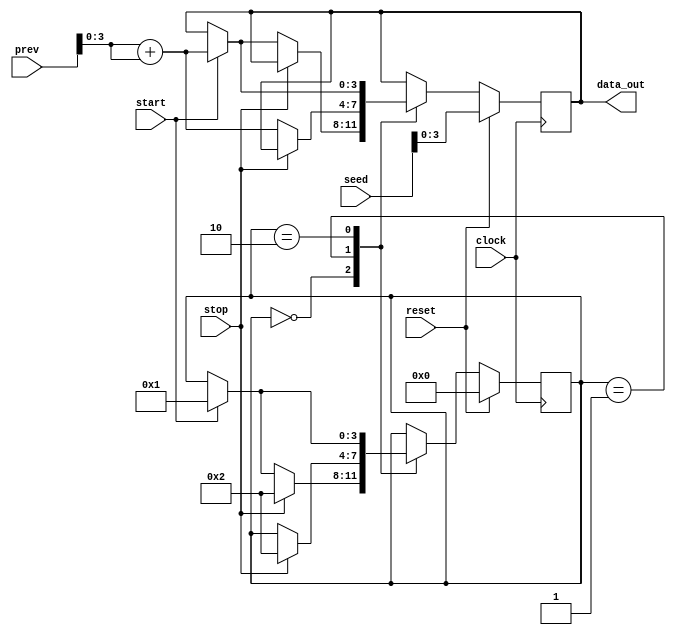
`timescale 1ns / 1ps

module FSM(

    input clock,
    input reset,
    input start,
    input stop,
    input [11:0] prev,
    input [11:0] seed,
    output reg [3:0] data_out
    );
    
    reg [3:0] state;
    
    always @(posedge clock)
    begin
        if(reset)
            begin
                state <= 0;
                data_out <= seed[3:0];
            end
        else
            begin
                case(state)
                
                    0:
                    begin
                        if(start)
                        begin
                            state <= 1;
                            data_out <= prev[3:0] + prev[3:0];
                        end
                        
                        if(stop)
                        begin
                            state <= 2;
                            data_out <= data_out;
                        end
                        
                    end
            
                    1:
                        begin
                            if(stop)
                            begin
                                state <= 2;
                                data_out <= data_out;
                            end
                            else
                            data_out <= prev[3:0] + prev[3:0];
                        end
                
                    2:
                        begin
                            if(start)
                            begin
                                state <= 1;
                                data_out <= prev[3:0] + prev[3:0];
                            end
                            else
                            data_out <= data_out;
                        end
        
                endcase
            end
    end
    
endmodule